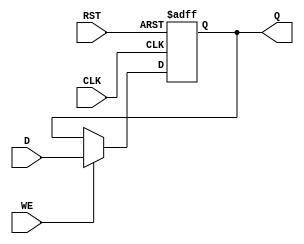
module store_register (
    input wire D,       // Data input
    input wire CLK,     // Clock signal
    input wire WE,      // Write Enable
    input wire RST,     // Asynchronous Reset
    output reg Q        // Stored output
);

    // Define the reset value of the register
    parameter RESET_VALUE = 1'b0;

    // Asynchronous reset and clock edge sensing
    always @ (posedge CLK or posedge RST) begin
        if (RST) begin
            Q <= RESET_VALUE; // Reset the output to the predefined state
        end else if (WE) begin
            Q <= D;           // Capture the input data on clock edge if Write Enable is high
        end
        // If WE is low, maintain the previous value in Q
    end

endmodule